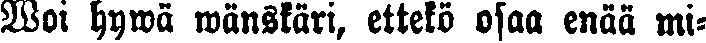
Woi hywä wänskäri, ettekö osaa enää mi-